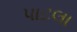
પાટલા